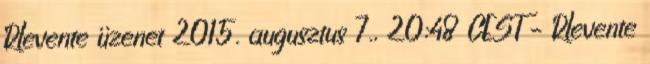
Rlevente üzenet 2015. augusztus 7., 20:48 CEST – Rlevente